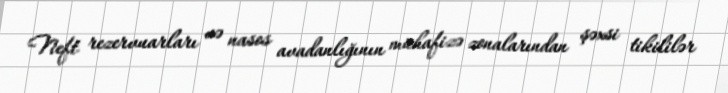
Neft rezervuarları və nasos avadanlığının mühafizə zonalarından şəxsi tikililər